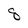
Character: 8